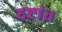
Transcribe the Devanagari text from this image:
द्दष्टांत